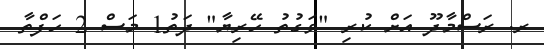
ރ. ރަސްމާދޫ އަށް ކުރި "ވަގުތު ހޭރިޔާ" ދަތު1 މަސް 2 ހަފްތާ